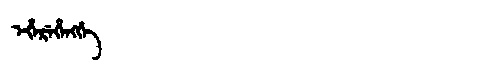
Manchu: ᡝᡥᡝᡵᡝᡥᡝᠩᡤᡝ
Romanization: EHEREHENGGE